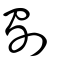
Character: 劅